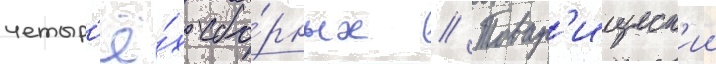
четыр'ё́х сбо́рных // Товар'ищеск'ии